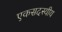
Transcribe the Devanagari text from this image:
एकसदस्यीय